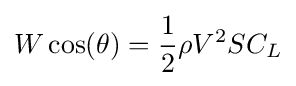
W\cos(\theta )={\frac {1}{2}}\rho V^{2}SC_{L}